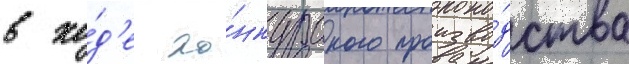
в хо́д'е ко́нкурсного произво́дства